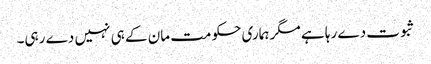
ثبوت دے رہا ہے مگر ہماری حکومت مان کے ہی نہیں دے رہی۔